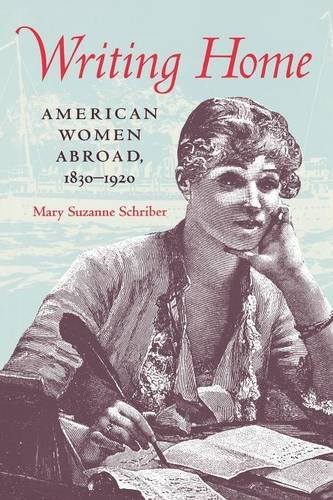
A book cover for Writing Home: American Women Abroad, 1830-1920; Mary Suzanne Schriber; Travel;